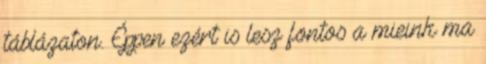
táblázaton. Éppen ezért is lesz fontos a mieink ma